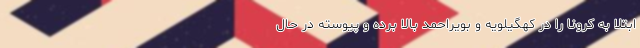
ابتلا به کرونا را در کهگیلویه و بویراحمد بالا برده و پیوسته در حال